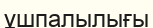
ұшпалылығы